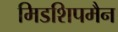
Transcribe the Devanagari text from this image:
मिडशिपमैन